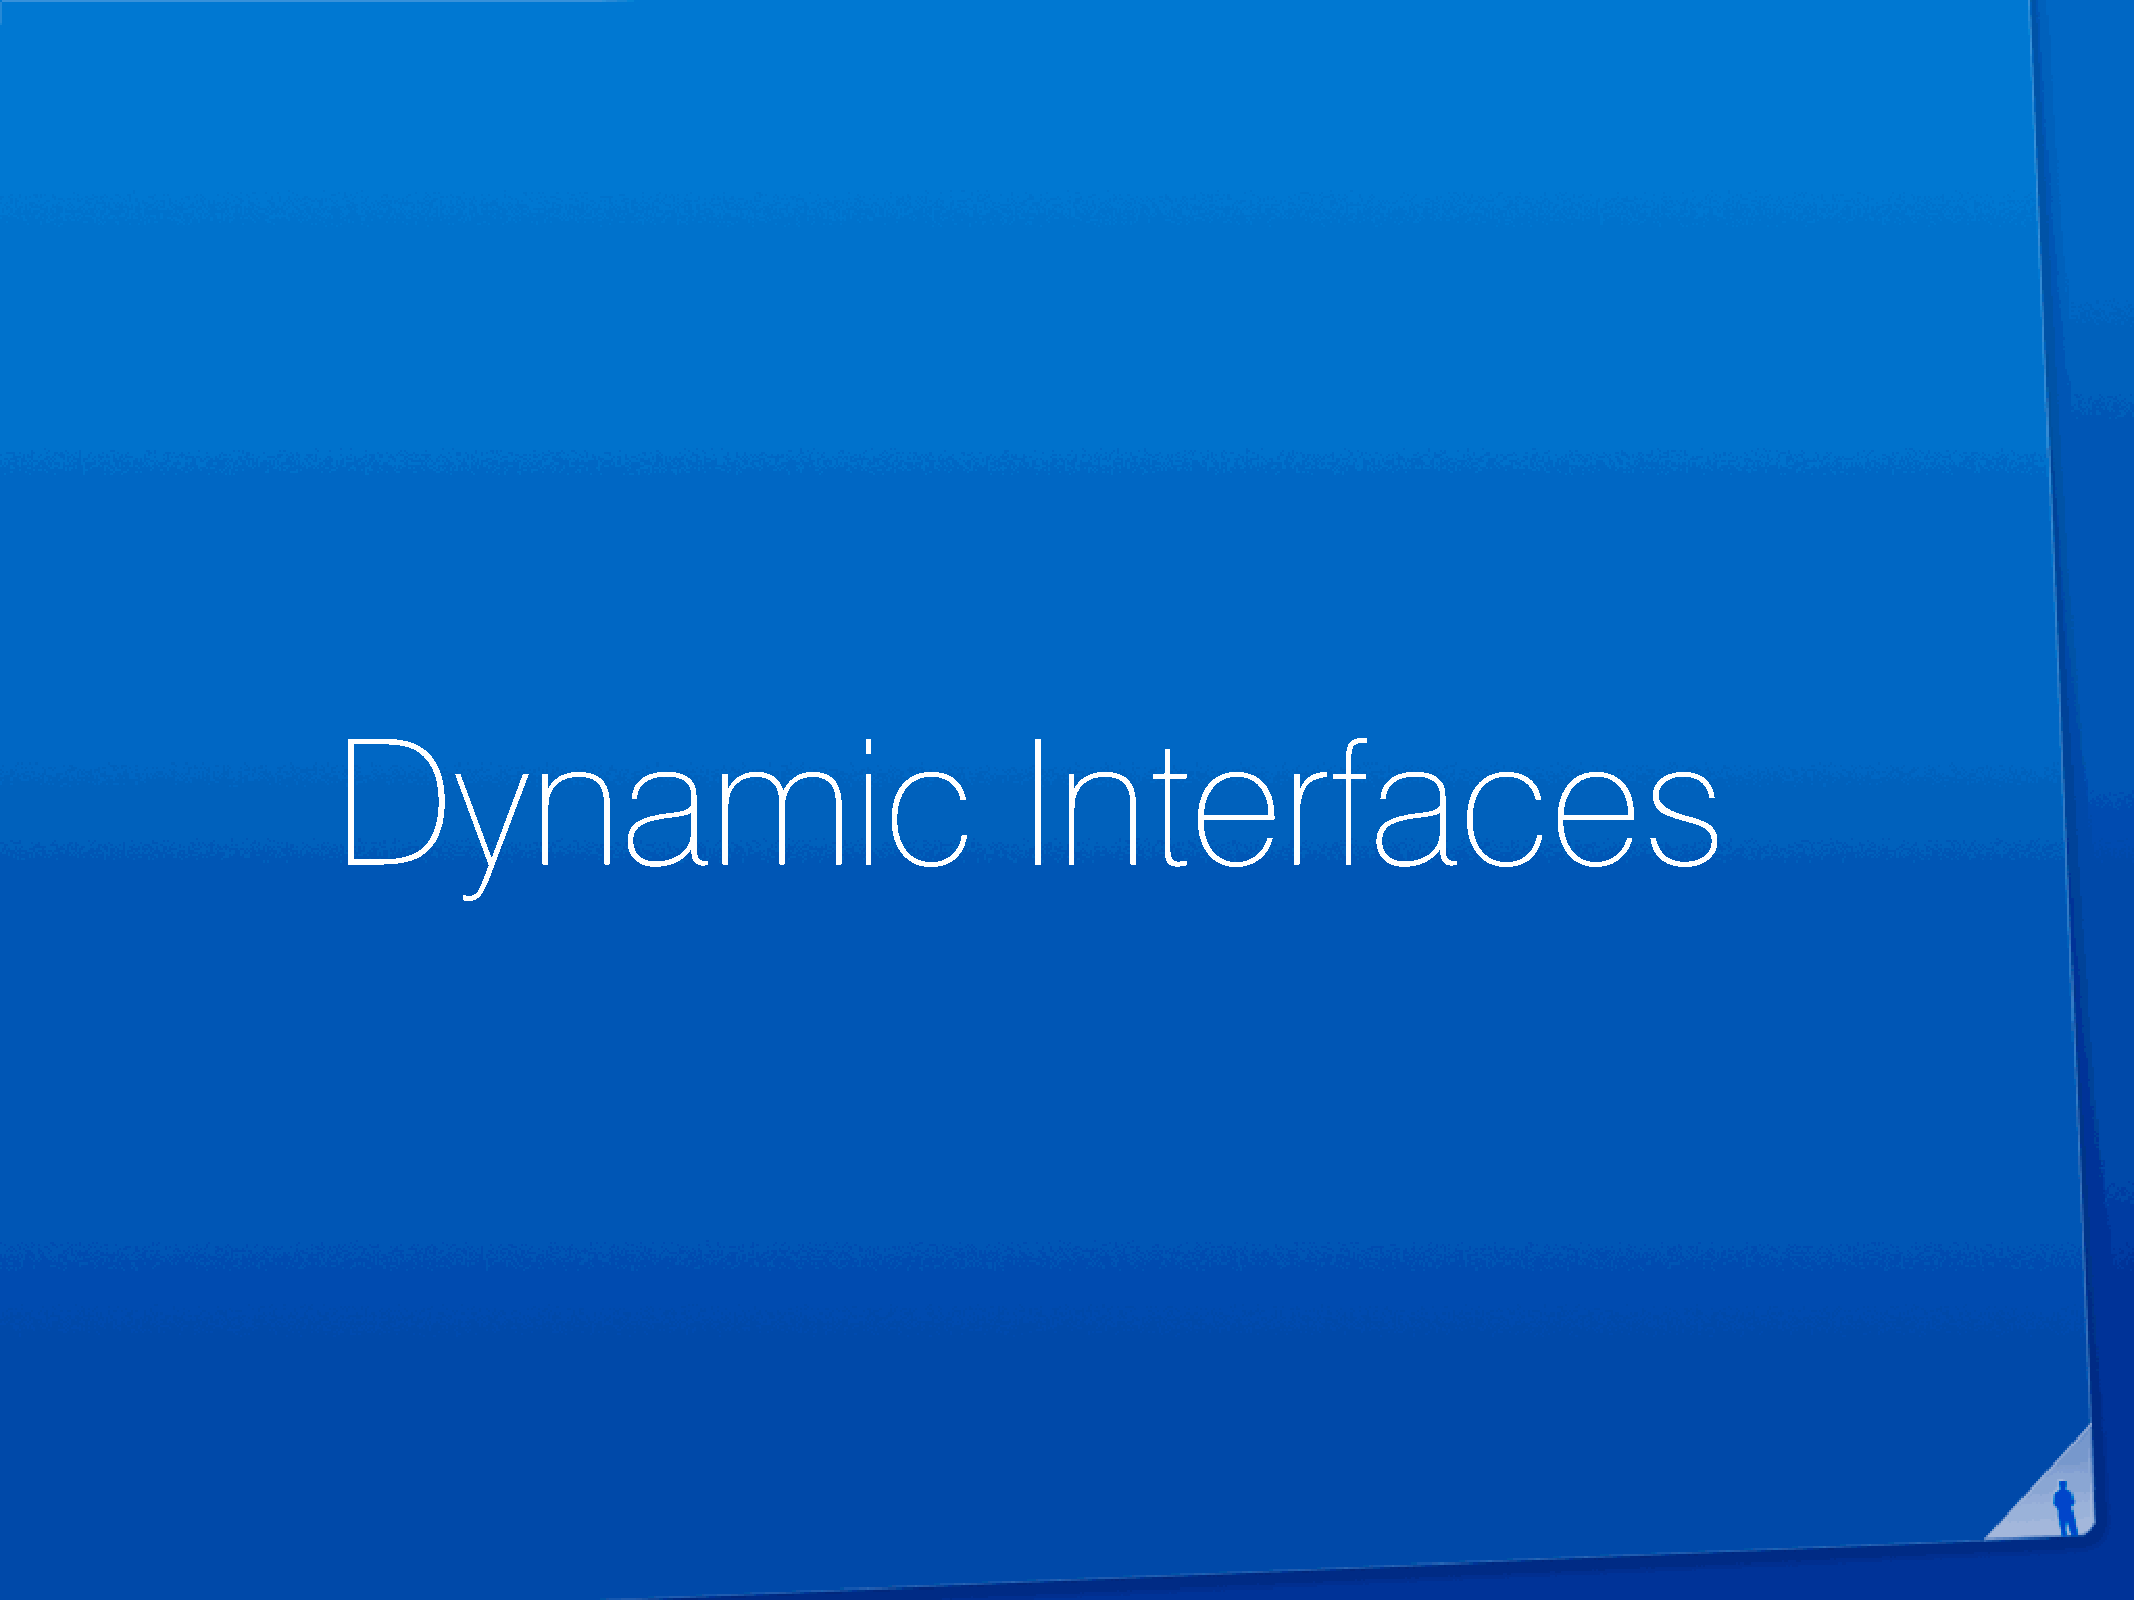
Dynamic                                       Interfaces